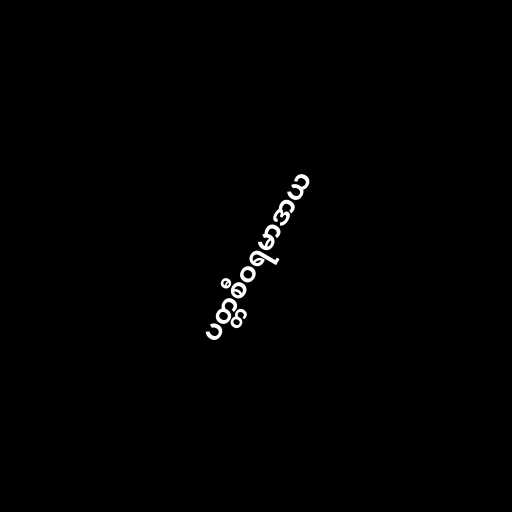
ပတ္တစီဝရမာဒာယ